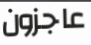
عاجزون